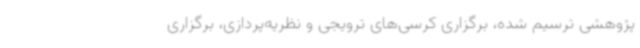
پژوهشی ترسیم شده، برگزاری کرسی‌های ترویجی و نظریه‌پردازی، برگزاری